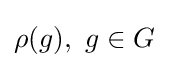
\rho (g),\,\,g\in G